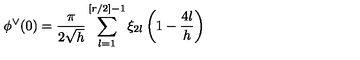
\phi ^ { \vee } ( 0 ) = \frac { \pi } { 2 \sqrt { h } } \sum _ { l = 1 } ^ { [ r / 2 ] - 1 } \xi _ { 2 l } \left( 1 - \frac { 4 l } { h } \right)